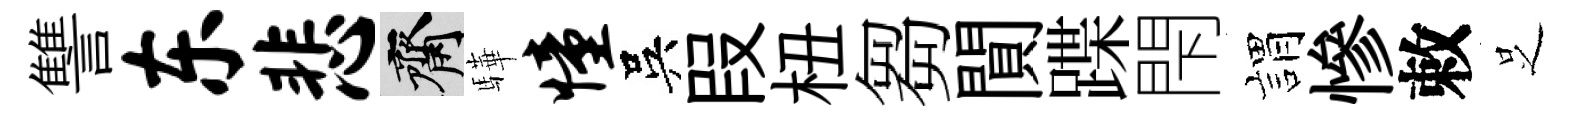
讐东悲齋驊憧吳叚杻芻閴蹀閇娟慘敕𠯁